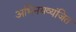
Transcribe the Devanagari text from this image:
अभिनयव्यंजित